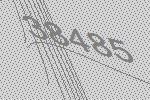
38485